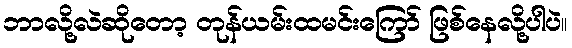
ဘာလို့လဲဆိုတော့ တုန်ယမ်းထမင်းကြော် ဖြစ်နေလို့ပါပဲ။